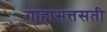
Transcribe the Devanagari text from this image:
गाहासत्तसती